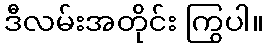
ဒီလမ်းအတိုင်း ကြွပါ။